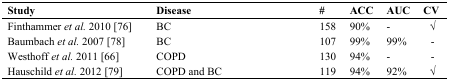
<table><thead><tr><td><b>Study</b></td><td><b>Disease</b></td><td><b>#</b></td><td><b>ACC</b></td><td><b>AUC</b></td><td><b>CV</b></td></tr></thead><tbody><tr><td>Finthammer <i>et al.</i> 2010 [76]</td><td>BC</td><td>158</td><td>90%</td><td>-</td><td>√</td></tr><tr><td>Baumbach <i>et al.</i> 2007 [78]</td><td>BC</td><td>107</td><td>99%</td><td>99%</td><td>-</td></tr><tr><td>Westhoff <i>et al.</i> 2011 [66]</td><td>COPD</td><td>130</td><td>94%</td><td>-</td><td>-</td></tr><tr><td>Hauschild <i>et al.</i> 2012 [79]</td><td>COPD and BC</td><td>119</td><td>94%</td><td>92%</td><td>√</td></tr></tbody></table>